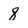
Character: 8